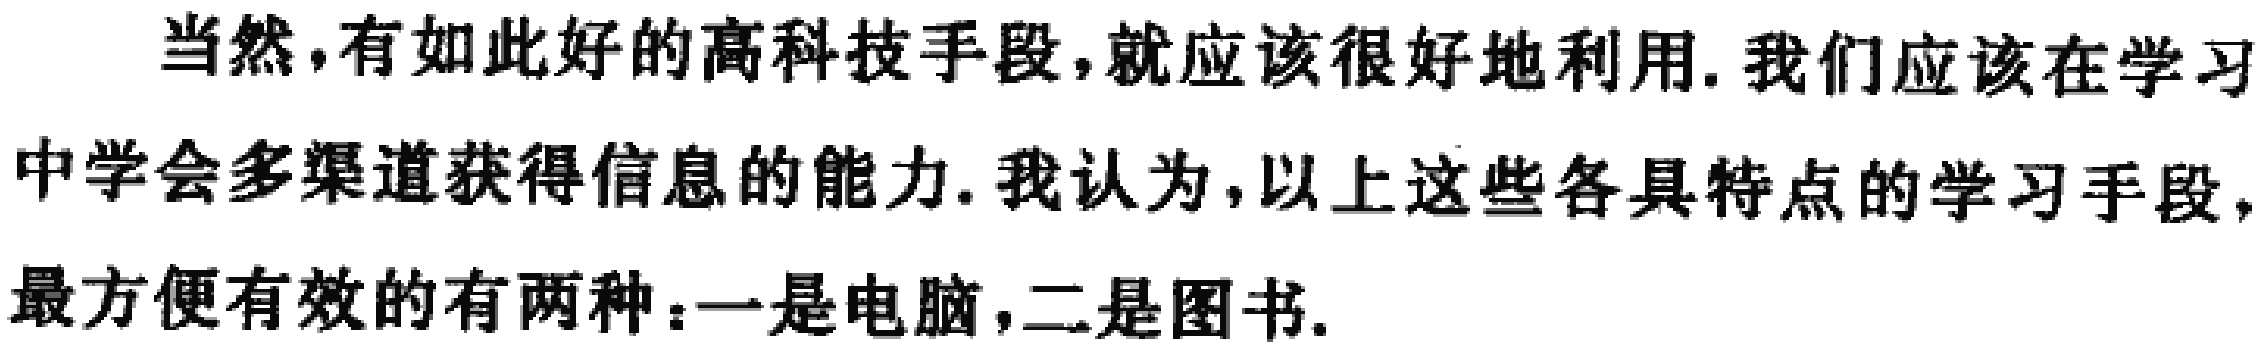
当然，有如此好的高科技手段，就应该很好地利用. 我们应该在学习中学会多渠道获得信息的能力. 我认为，以上这些各具特点的学习手段，最方便有效的有两种：一是电脑，二是图书.